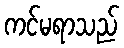
ကင်မရာသည်